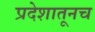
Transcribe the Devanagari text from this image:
प्रदेशातूनच